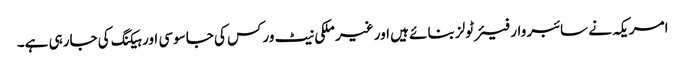
امریکہ نے سائبر وار فیئر ٹولز بنائے ہیں اور غیر ملکی نیٹ ورکس کی جاسوسی اور ہیکنگ کی جارہی ہے۔